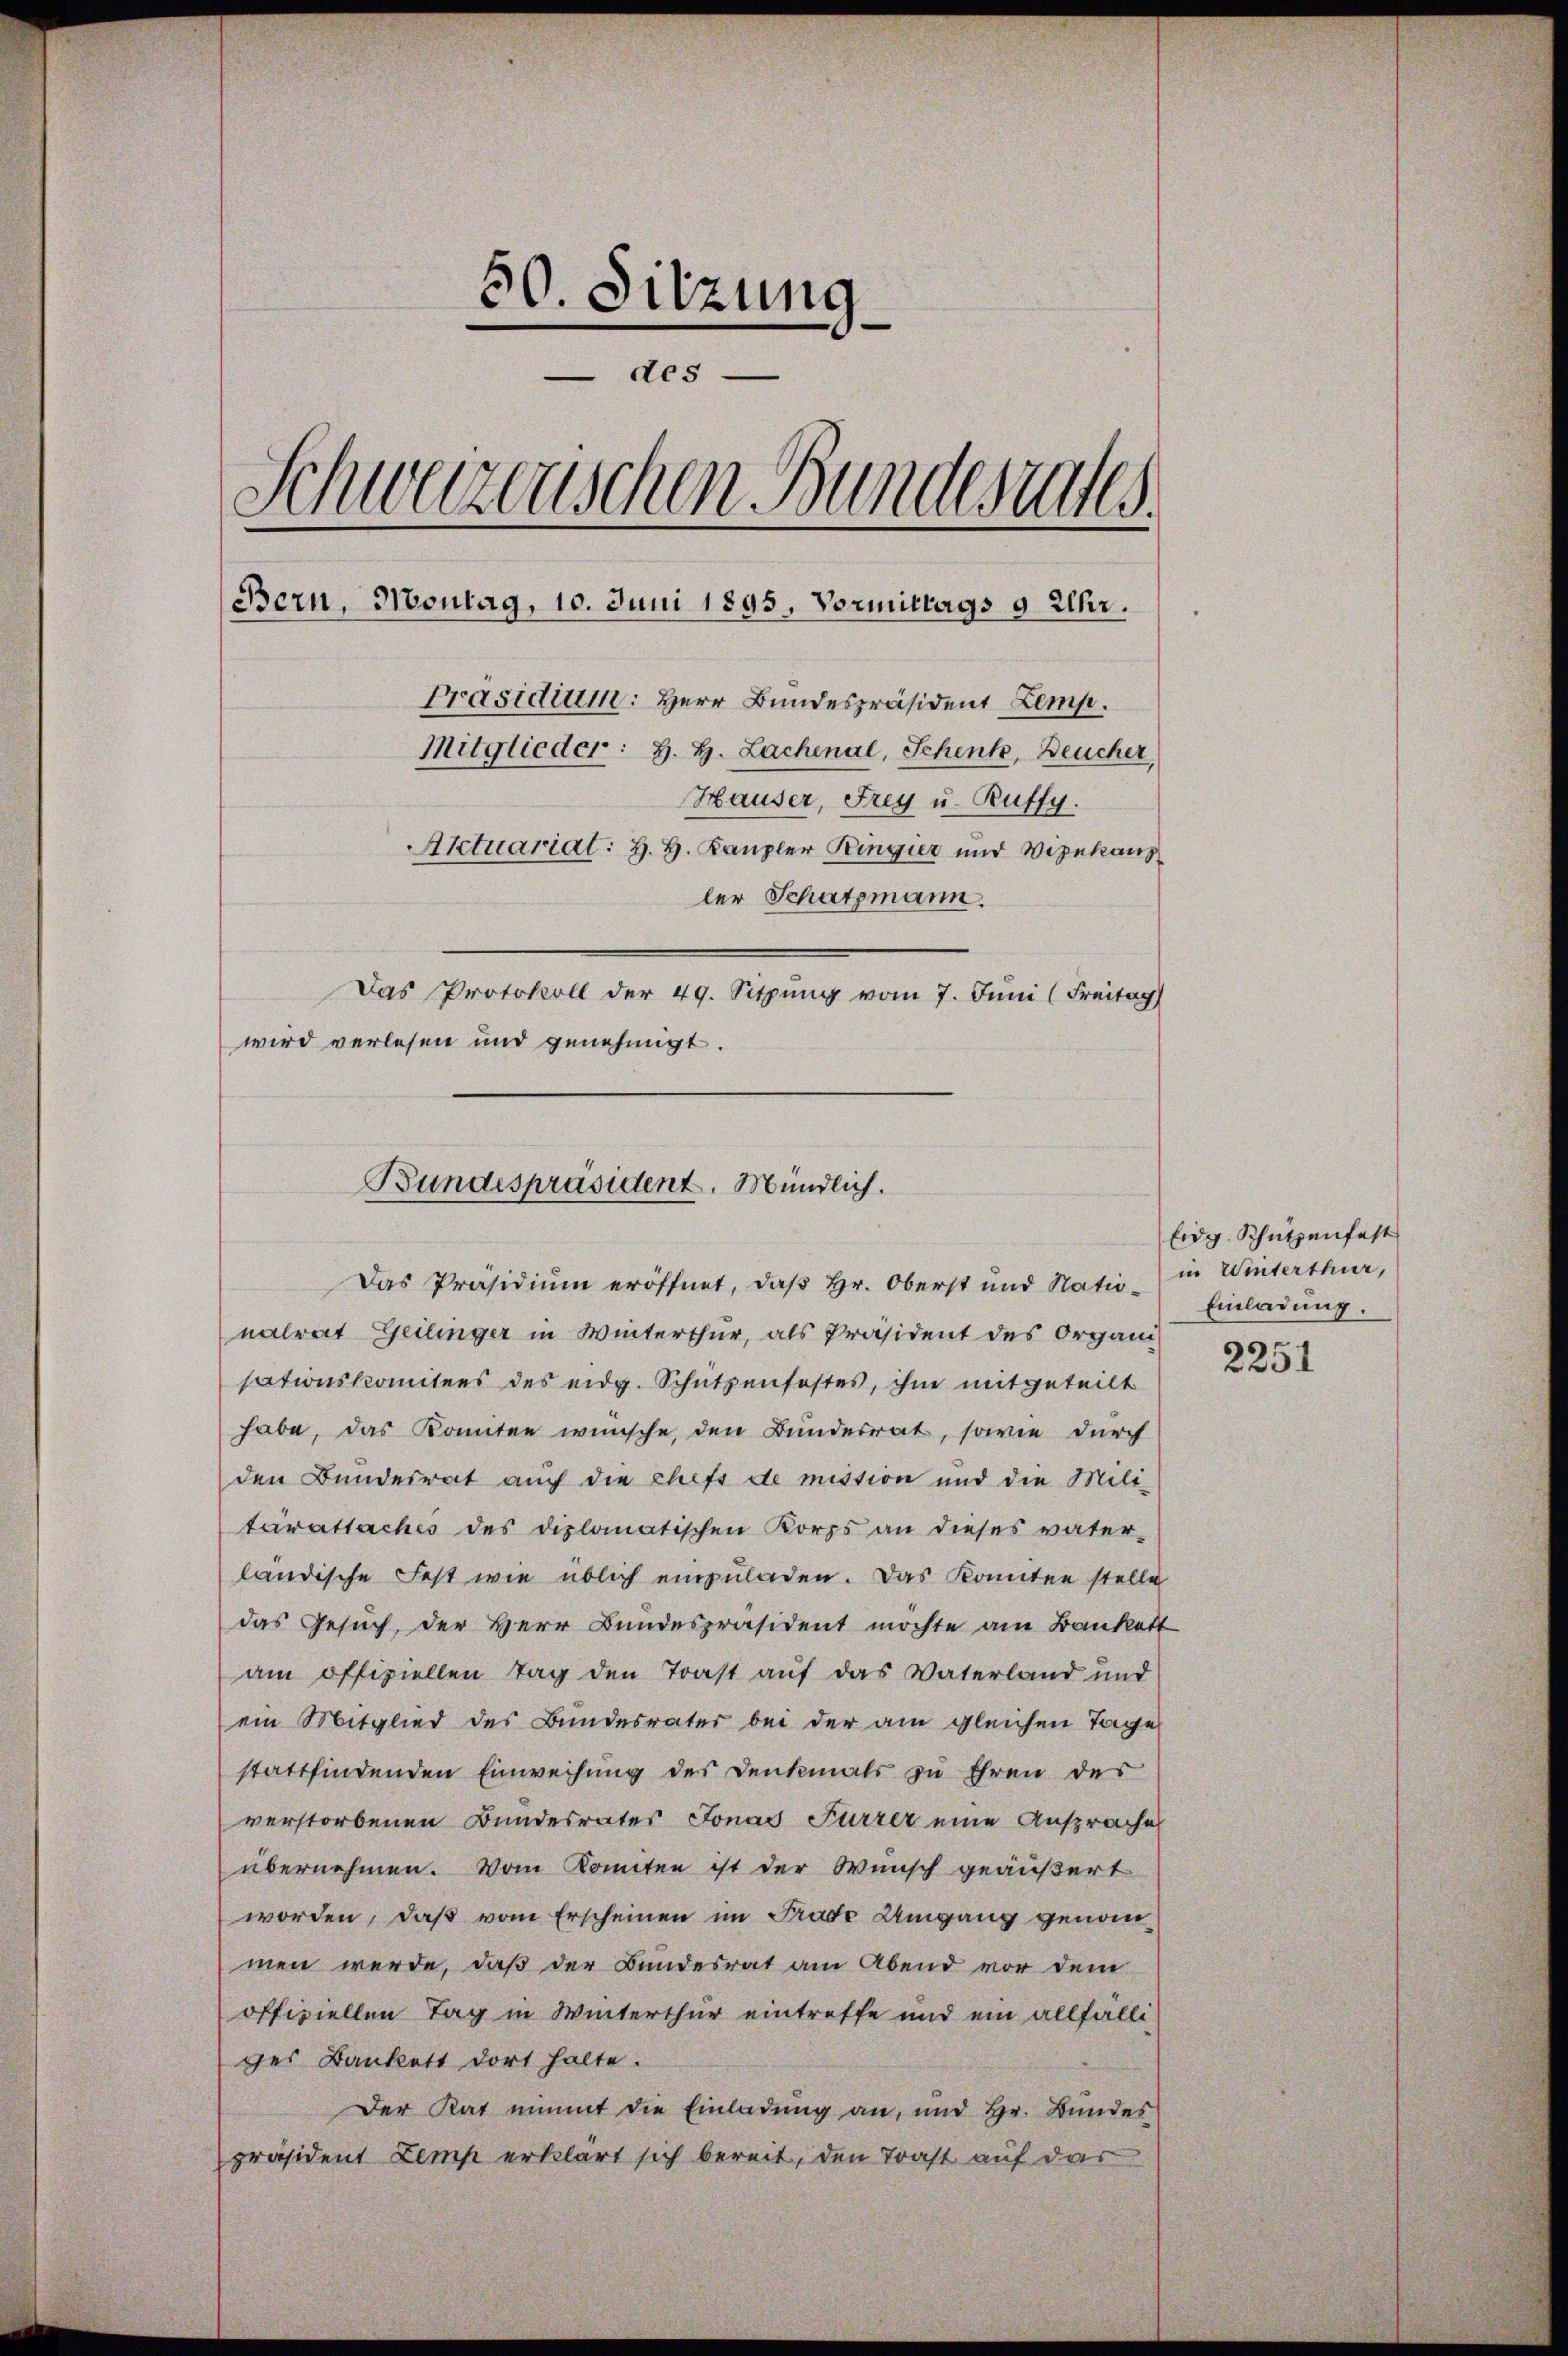
50. Sitzung
des
t
Mweizerischen Bundesrates.
Bern, Montag, 10. Juni 1895. Vormittags 9 Uhr.
Präsidium: Herr Bundespräsident Zemp.
Mitglieder: H. H. Lachenal, Schenk, Deucher
Hauser, Frey u. Ruffy.
Aktuariat: H. H. Kanzler Ringier und Vizekanz
ler Schatzmann.
Das Protokoll der 49. Sitzung vom 7. Juni (Freitag
wird verlesen und genehmigt.

Bundespräsident. Mündlich.
Das Präsidium eröffnet, daß Hr. Oberst und Natio-

nalrat Geilinger in Winterthur, als Präsident des Organi
sationskomitees des eidg. Schützenfestes, ihm mitgeteilt
habe, das konnten wünsche, den Bundesrat, sowie durch
den Bundesrat auch die chefs de mission und die Mili-
tárattaches des diplomatischen Korps an dieses vater-
ländische Fest wie üblich einzuladen. Das konnten stelle
das Gesuch, der Herr Bundespräsident möchte am Bankett
am offiziellen Tag den Trast auf das Vaterland und
ein Mitglied des Bundesrater bei der am gleichen Tage
stattfindenden Einweisung des Denkmals zu Ehren des
verstorbenen Bundesrates Jonas Furrer eine Ansprache
übernehmen. Vom Konnten ist der Wunsch geäußert
worden, daß vom Erscheinen im Prade Umgang genommen werde, daß der Bundesrat am Abend vor dem
offiziellen Tag in Winterthur eintreffe und ein allfälliges Bankett dort halte.
Der Rat nimmt die Einladung an, und Hr. Bundes
präsident Lemp erklärt sich bereit, den Trast auf das

Eidg. Schützenfest
in Winterthur,
Einladung.

2251